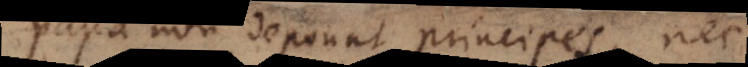
Papa non deponat principes, nec